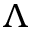
\Lambda